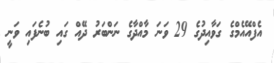
އެފްއޭއެމްގެ ގަވާއިދުގެ 29 ވަނަ މާއްދާގެ ނަންބަރު ދޭއް ގައި ބުނެފައި ވަނީ